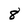
Character: 8